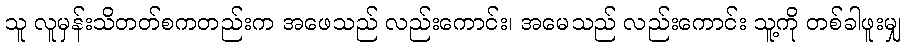
သူ လူမှန်းသိတတ်စကတည်းက အဖေသည် လည်းကောင်း၊ အမေသည် လည်းကောင်း သူ့ကို တစ်ခါဖူးမျှ